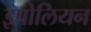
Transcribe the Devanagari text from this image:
इपोलियन